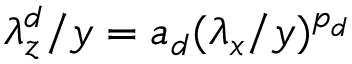
\lambda _ { z } ^ { d } / y = a _ { d } ( \lambda _ { x } / y ) ^ { p _ { d } }